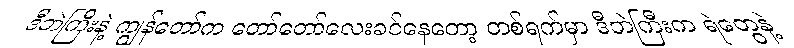
ဒီဘဲကြီးနဲ့ ကျွန်တော်က တော်တော်လေးခင်နေတော့ တစ်ရက်မှာ ဒီဘဲကြီးက ရဲတွေနဲ့